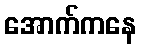
အောက်ကနေ